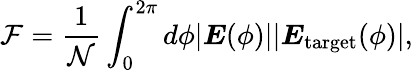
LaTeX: \mathcal{F}=\frac{1}{\mathcal{N}}\int_{0}^{2\pi}d\phi|\boldsymbol{E}(\phi)||\boldsymbol{E}_{\mathrm{target}}(\phi)|,